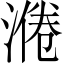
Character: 𱨅